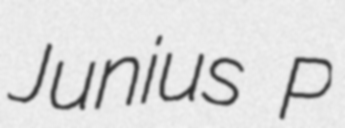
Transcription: Junius P